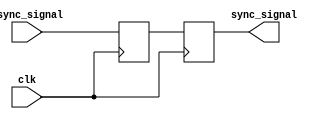
module dual_flip_flop_synchronizer (
    input wire clk,          // Clock input for the destination clock domain
    input wire async_signal, // Asynchronous input signal to be synchronized
    output reg sync_signal   // Synchronized output signal
);

// Internal signals for the first flip-flop
reg ff1_out;

always @(posedge clk) begin
    // First flip-flop: capture the asynchronous signal
    ff1_out <= async_signal;
end

always @(posedge clk) begin
    // Second flip-flop: capture the output of the first flip-flop
    sync_signal <= ff1_out;
end

endmodule